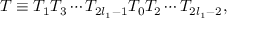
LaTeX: T \equiv T _ { 1 } T _ { 3 } \cdots T _ { 2 l _ { 1 } - 1 } T _ { 0 } T _ { 2 } \cdots T _ { 2 l _ { 1 } - 2 } ,